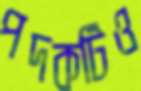
পদকটিও